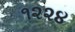
૧૨૨૪